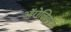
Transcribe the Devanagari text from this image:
ऑरोलियन